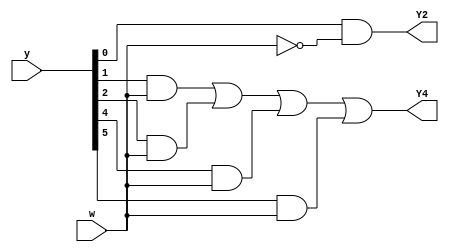
/*

Copyright 2022 Marc Ketel
SPDX-License-Identifier: Apache-2.0

*/

`default_nettype none

module top_module (
    input wire [6:1] y,
    input wire w,
    output wire Y2,
    output wire Y4
);

  parameter STATE_A = 3'd1;
  parameter STATE_B = 3'd2;
  parameter STATE_C = 3'd3;
  parameter STATE_D = 3'd4;
  parameter STATE_E = 3'd5;
  parameter STATE_F = 3'd6;

  wire [6:1] state, next_state;
  assign state = y;
  assign Y2 = next_state[2];
  assign Y4 = next_state[4];

  //Determine next state.
  assign next_state[STATE_A] = state[STATE_A] & w | state[STATE_D] & w;

  assign next_state[STATE_B] = state[STATE_A] & ~w;

  assign next_state[STATE_C] = state[STATE_B] & ~w | state[STATE_F] & ~w;

  assign next_state[STATE_D] =
    state[STATE_B] & w |
    state[STATE_C] & w |
    state[STATE_E] & w |
    state[STATE_F] & w;

  assign next_state[STATE_E] = state[STATE_E] & ~w | state[STATE_C] & ~w;

  assign next_state[STATE_F] = state[STATE_D] & ~w;

endmodule